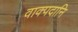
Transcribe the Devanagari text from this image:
वाक्पदानि